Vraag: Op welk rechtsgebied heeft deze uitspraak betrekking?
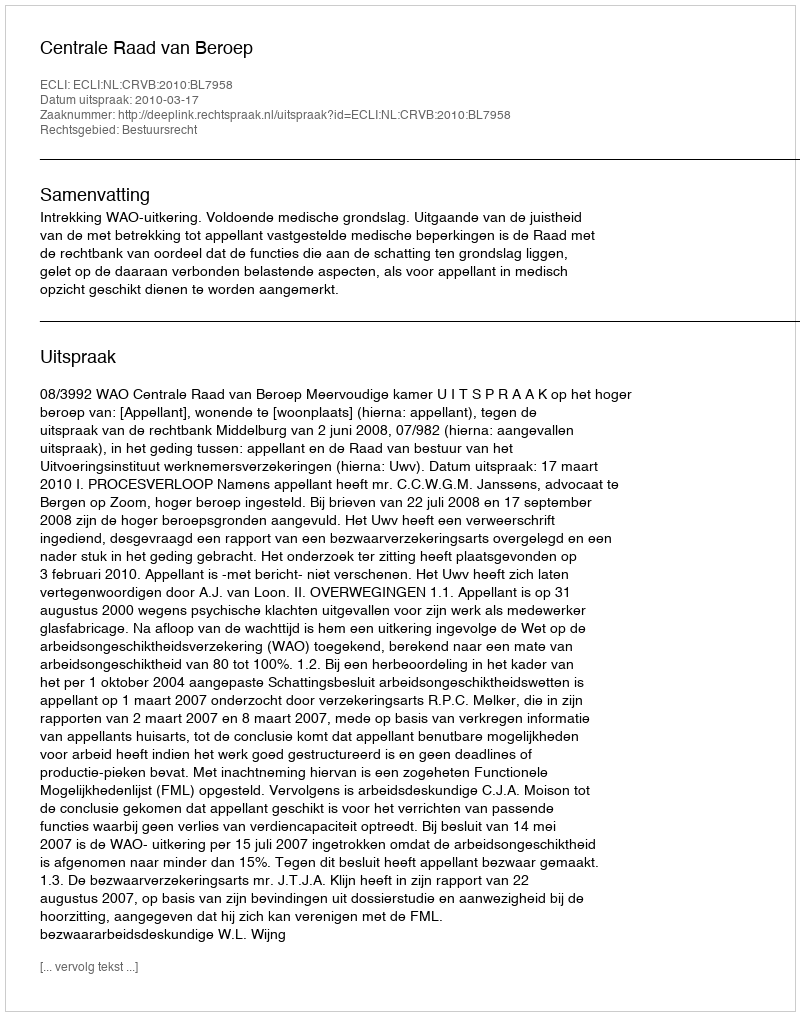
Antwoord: Bestuursrecht